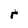
Character: r